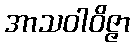
အာသဝါဝိဇ္ဇာ